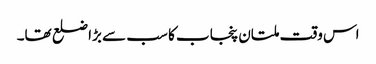
اس وقت ملتان پنجاب کا سب سے بڑا ضلع تھا۔